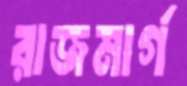
রাজমার্গ